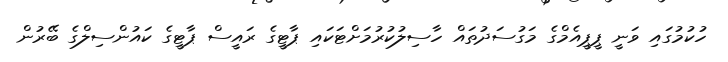
ހުކުމުގައި ވަނީ ޕީޕީއެމްގެ މަގުސަދުތައް ހާސިލުކުރުމަށްޓަކައި ޕާޓީގެ ރައީސް ޕާޓީގެ ކައުންސިލްގެ ބޭރުން